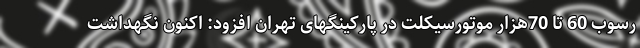
رسوب 60 تا 70هزار موتورسیکلت در پارکینگهای تهران افزود: اکنون نگهداشت